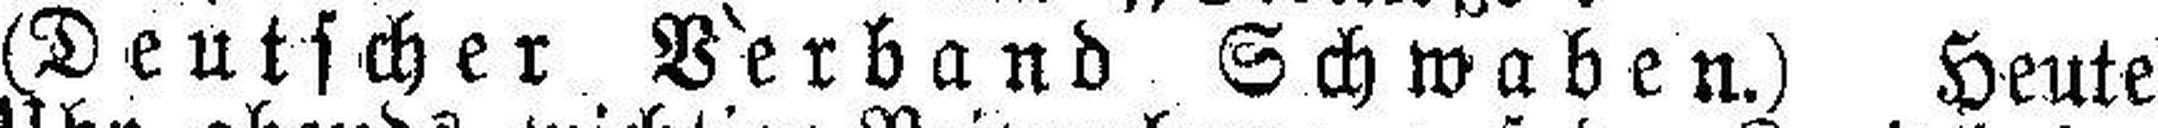
(Deutscher Verband Schwaben.) Heute